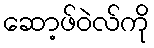
ဆော့ဖ်ဝဲလ်ကို